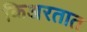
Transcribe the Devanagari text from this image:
किअरतात